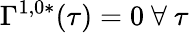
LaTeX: \Gamma^{1,0*}(\tau)=0\mathrm{~}\forall\mathrm{~}\tau